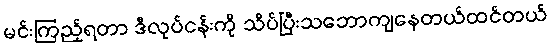
မင်းကြည့်ရတာ ဒီလုပ်ငန်းကို သိပ်ပြီးသဘောကျနေတယ်ထင်တယ်